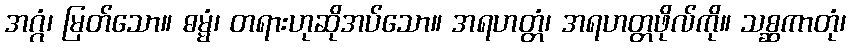
အဂ္ဂံ၊ မြတ်သော။ ဓမ္မံ၊ တရားဟုဆိုအပ်သော။ အရဟတ္တံ၊ အရဟတ္တဖိုလ်ကို။ သစ္ဆကာတုံ၊